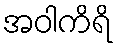
အဝါကိရိ